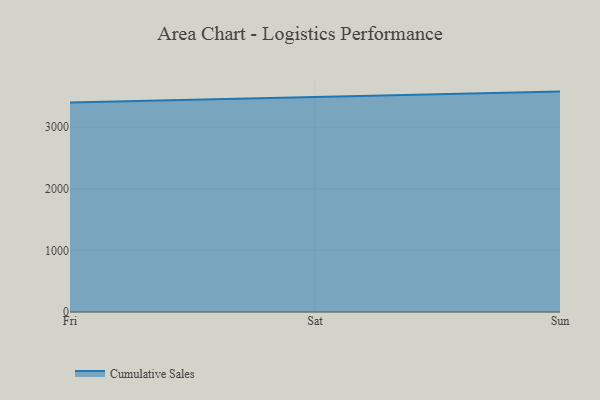
{"axis": {"x": "Day", "y": "Budget (USD K)"}, "legend": ["Cumulative Sales"], "data": [{"x": "Fri", "y": 3398.6, "type": "Cumulative Sales"}, {"x": "Sat", "y": 3493.3, "type": "Cumulative Sales"}, {"x": "Sun", "y": 3577.1, "type": "Cumulative Sales"}]}